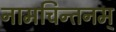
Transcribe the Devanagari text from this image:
नामचिन्तनम्